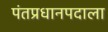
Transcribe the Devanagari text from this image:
पंतप्रधानपदाला